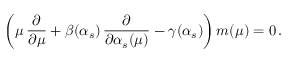
\bigg ( \mu \, { \frac { \partial } { \partial \mu } } + \beta ( \alpha _ { s } ) \, { \frac { \partial } { \partial \alpha _ { s } ( \mu ) } } - \gamma ( \alpha _ { s } ) \bigg ) \, m ( \mu ) = 0 \, .